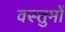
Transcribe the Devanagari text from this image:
वस्तुमों